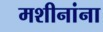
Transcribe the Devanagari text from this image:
मशीनांना